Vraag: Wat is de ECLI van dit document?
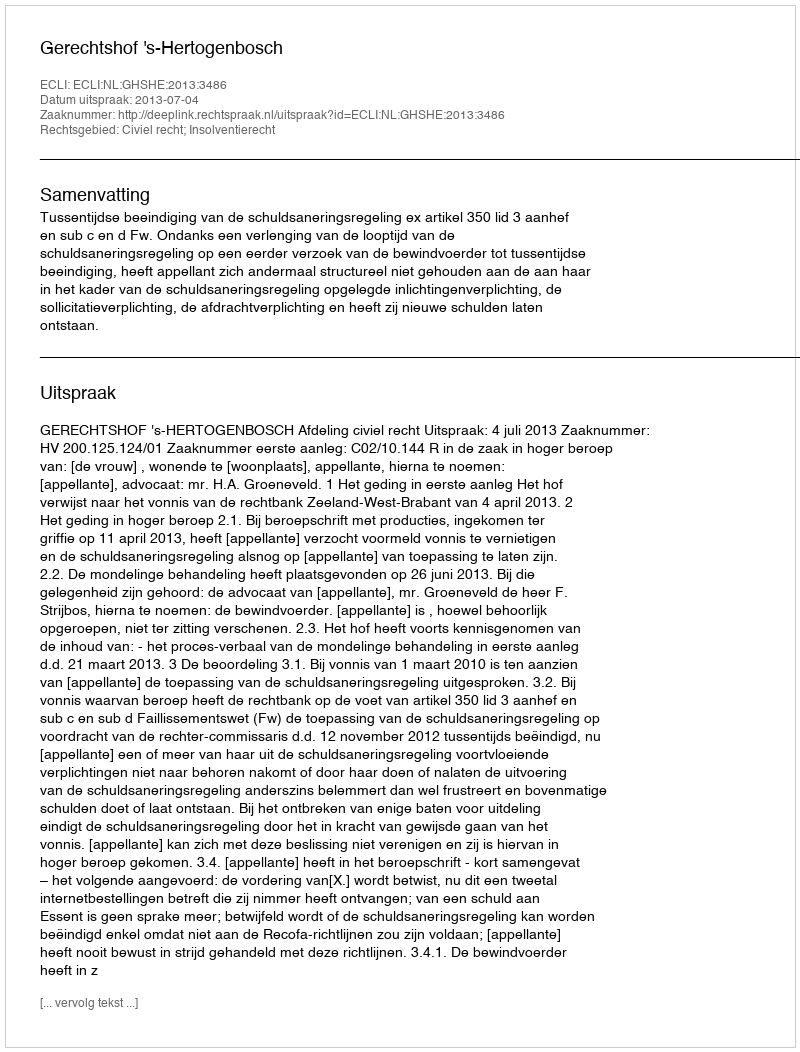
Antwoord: ECLI:NL:GHSHE:2013:3486